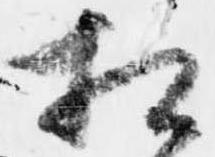
相